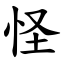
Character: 怪